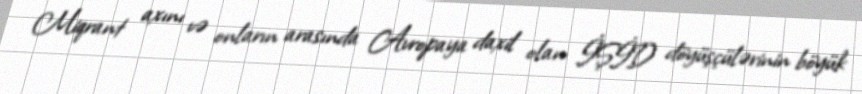
Miqrant axını və onların arasında Avropaya daxil olan İŞİD döyüşçülərinin böyük